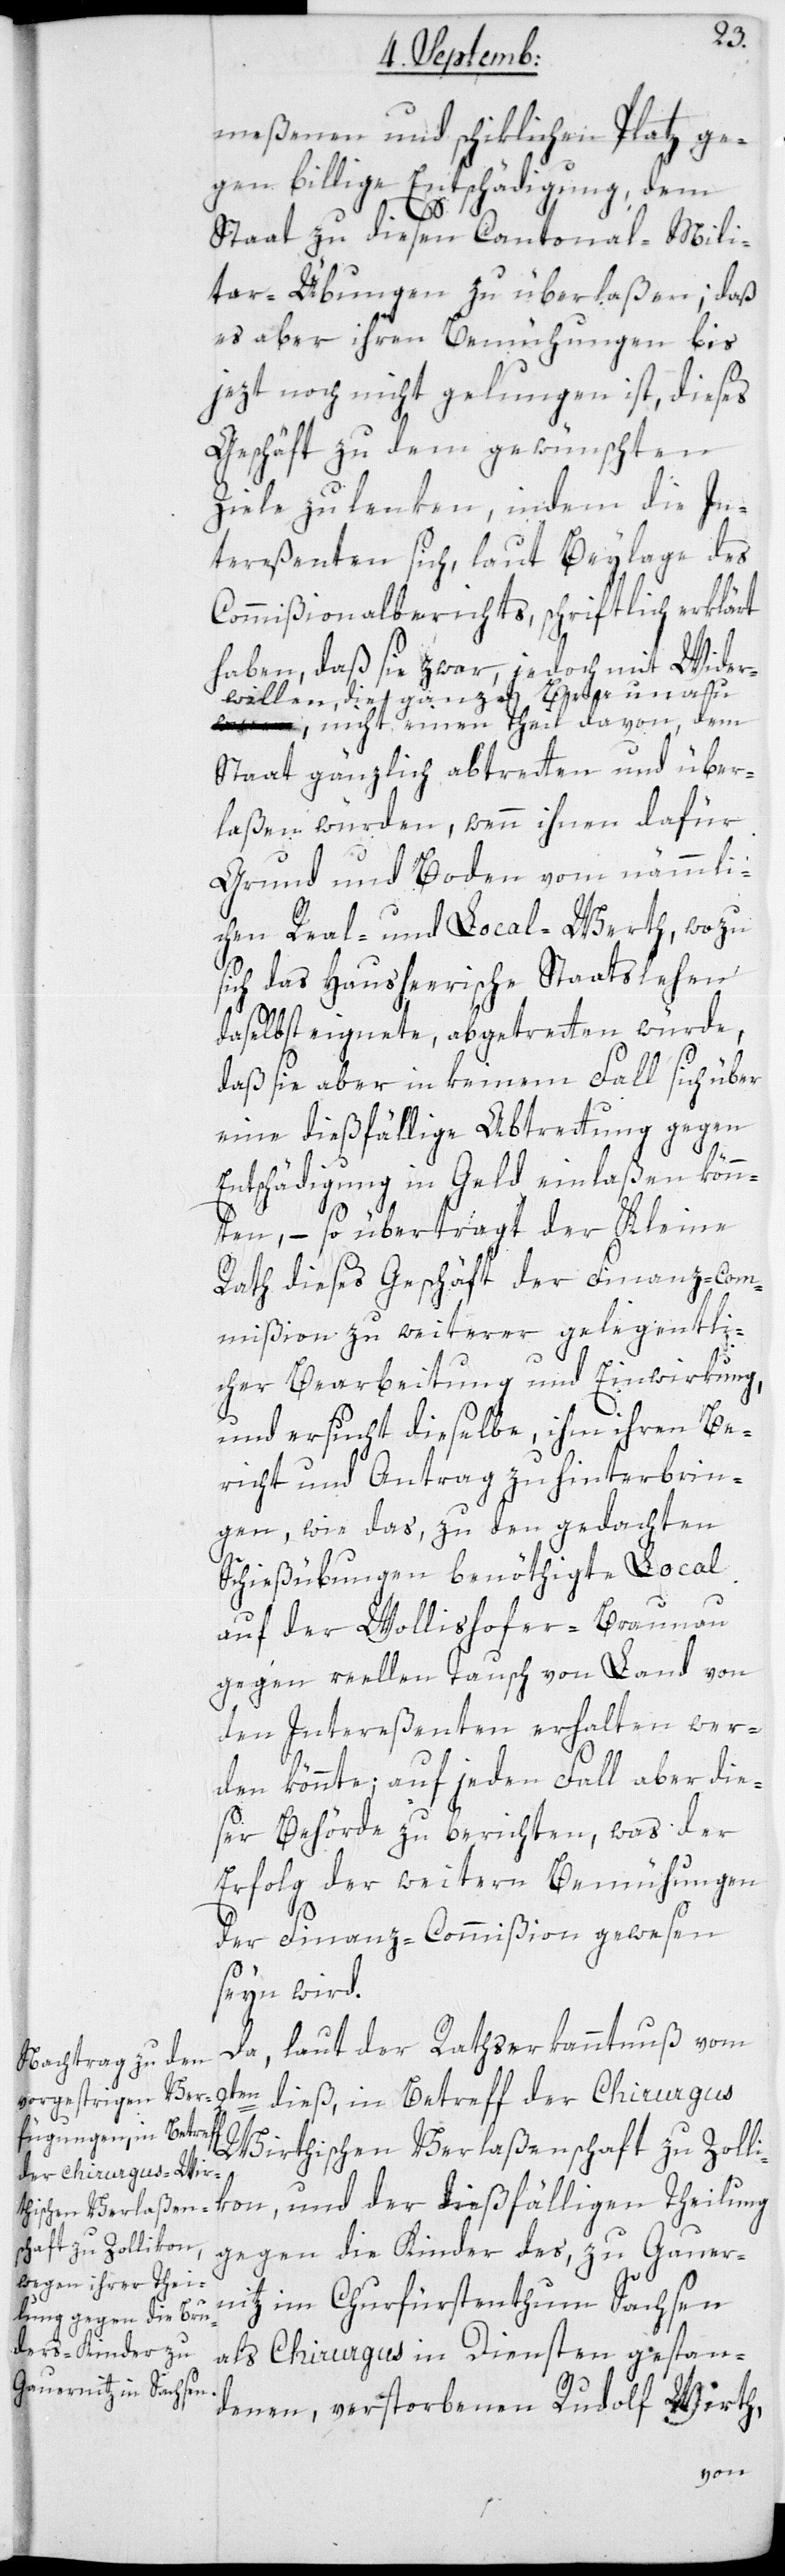
meßenen und schiklichen Platz ge¬
gen billige Entschädigung, dem
2te¬
Staat zu diesen Cantonal-Mili¬
tar-Übungen zu überlaßen; daß
es aber ihren Bemühungen bis
jezt noch nicht gelungen ist, dieses
Geschäft zu dem gewünschten
Ziele zu lenken, indem die In¬
tereßenten sich laut Beylage des
Commißionalberichts schriftlich erklärt
haben, daß sie zwar, jedoch mit Wider¬
willen, die ganze Brauna¬
u, nicht einen Theil davon, dem
Staat gänzlich abtretten und über¬
laßen würden, wenn ihnen dafür
Grund und Boden vom nämmli¬
chen Real- und Local-Werth, wozu
sich das Hausheerische Staatslehen
daselbst eignete, abgetretten würde,
daß sie aber in keinem Fall sich über
eine dießfällige Abtretung gegen
Entschädigung in Geld einlaßen könn¬
ten, – so überträgt der Kleine
Rath dieses Geschäft der Finanz-Com¬
mißion zu weiterer gelegentli¬
cher Bearbeitung und Einwirkung,
und ersucht dieselbe, ihm ihren Be¬
richt und Antrag zu hinterbrin¬
gen, wie das, zu den gedachten
Schießübungen benöthigte Local
auf der Wollishofer-Braunau
gegen reellen Tausch von Land von
den Intereßenten erhalten wer¬
den könnte; auf jeden Fall aber die¬
ser Behörde zu berichten, was der
Erfolg der weitern Bemühungen
der Finanz-Commißion gewesen
seyn wird.
Da laut der Rathserkanntnus vom
n dieß, in Betreff der Chirurgu¬
s-Wirthischen Verlaßenschaft zu Zolli¬
kon, und der dießfälligen Teilung
gegen die Kinder des, zu Gauer¬
nitz im Churfürstenthum Sachsen
als Chirurgus in Diensten gestan¬
denen, verstorbenen Rudolf Wirth,